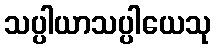
သပ္ပါယာသပ္ပါယေသု